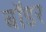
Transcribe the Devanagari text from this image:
बाॅडर